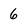
Character: 6